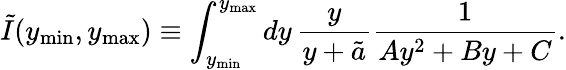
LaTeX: \tilde{I}(y_{\mathrm{min}},y_{\mathrm{max}})\equiv\int_{y_{\mathrm{min}}}^{y_{\mathrm{max}}}dy\, \frac{y}{y+\tilde{a}}\frac{1}{Ay^{2}+By+C}.